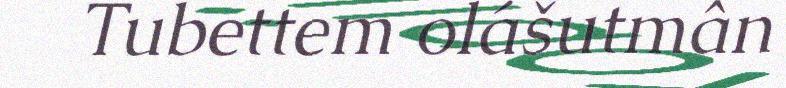
Tubettem olášutmân